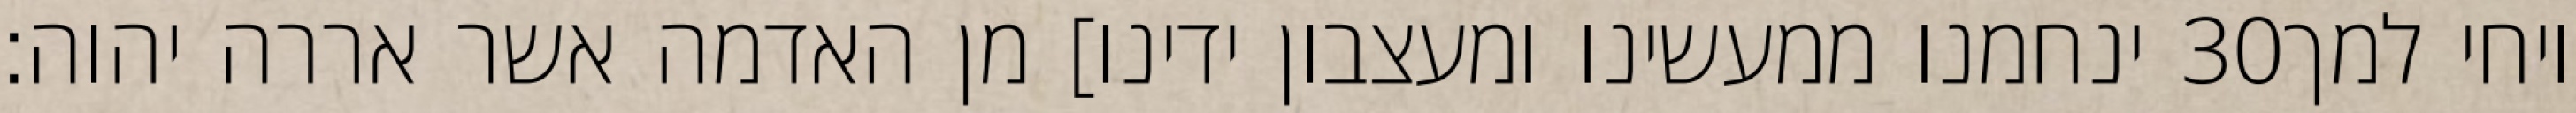
ינחמנו ממעשינו ומעצבון ידינו] מן האדמה אשר אררה יהוה׃ ‎30‏ ויחי למך